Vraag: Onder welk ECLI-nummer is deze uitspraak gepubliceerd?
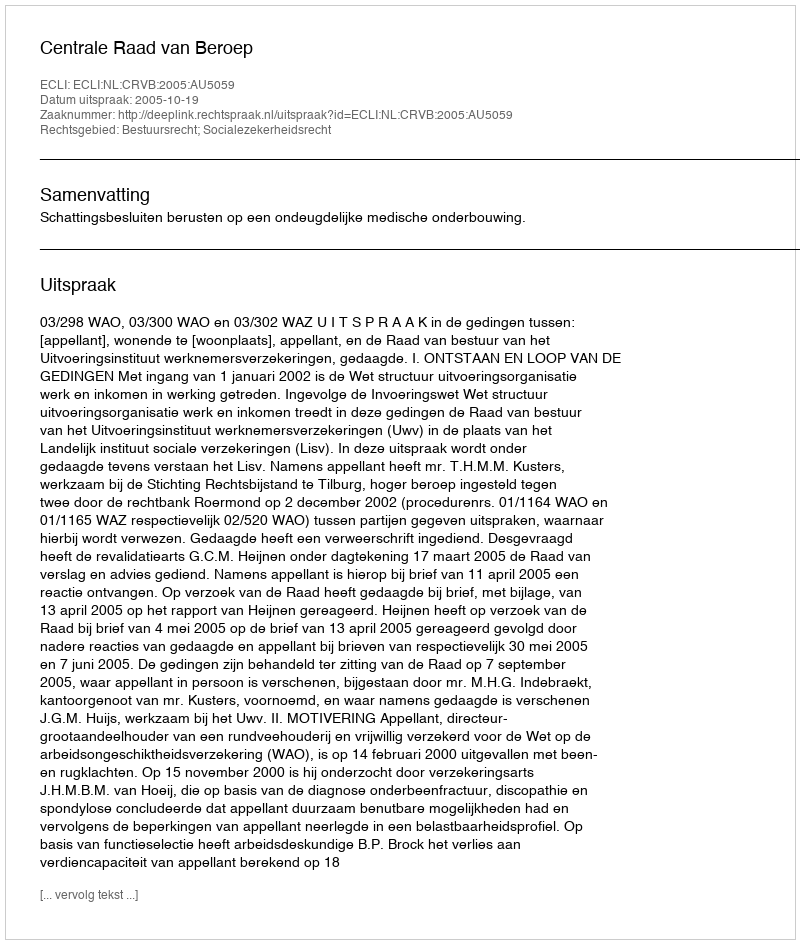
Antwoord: ECLI:NL:CRVB:2005:AU5059